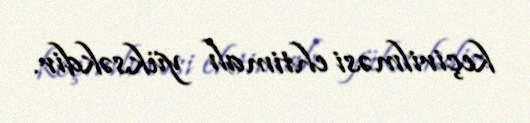
keçirilməsi ehtimalı yüksəkdir.